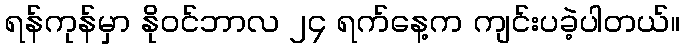
ရန်ကုန်မှာ နိုဝင်ဘာလ ၂၄ ရက်နေ့က ကျင်းပခဲ့ပါတယ်။